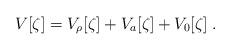
LaTeX: \begin{align*}V[\zeta] = V_{\rho}[\zeta] + V_a[\zeta] + V_0[\zeta]\;.\end{align*}